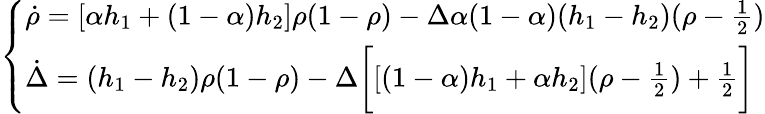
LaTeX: \left\{ \begin{array}{ll}{\dot{\rho}=[\alpha h_{1}+(1-\alpha)h_{2}]\rho(1-\rho)-\Delta\alpha(1-\alpha)(h_{1}-h_{2})(\rho-\frac{1}{2})}\\ {\dot{\Delta}=(h_{1}-h_{2})\rho(1-\rho)-\Delta\bigg[[(1-\alpha)h_{1}+\alpha h_{2}](\rho-\frac{1}{2})+\frac{1}{2}\bigg]}\end{array}\right.